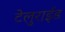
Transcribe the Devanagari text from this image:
टेलुराईड